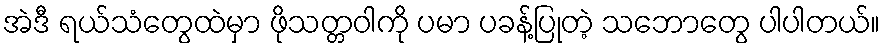
အဲဒီ ရယ်သံတွေထဲမှာ ဖိုသတ္တဝါကို ပမာ ပခန့်ပြုတဲ့ သဘောတွေ ပါပါတယ်။